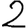
Digit: 2